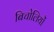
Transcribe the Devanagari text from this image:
बिचोलियों